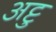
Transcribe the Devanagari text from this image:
अट्टु